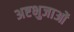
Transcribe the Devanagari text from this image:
अष्टभुजाओं